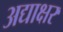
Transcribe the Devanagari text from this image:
अद्याक्षर